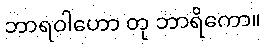
ဘာရဝါဟော တု ဘာရိကော။